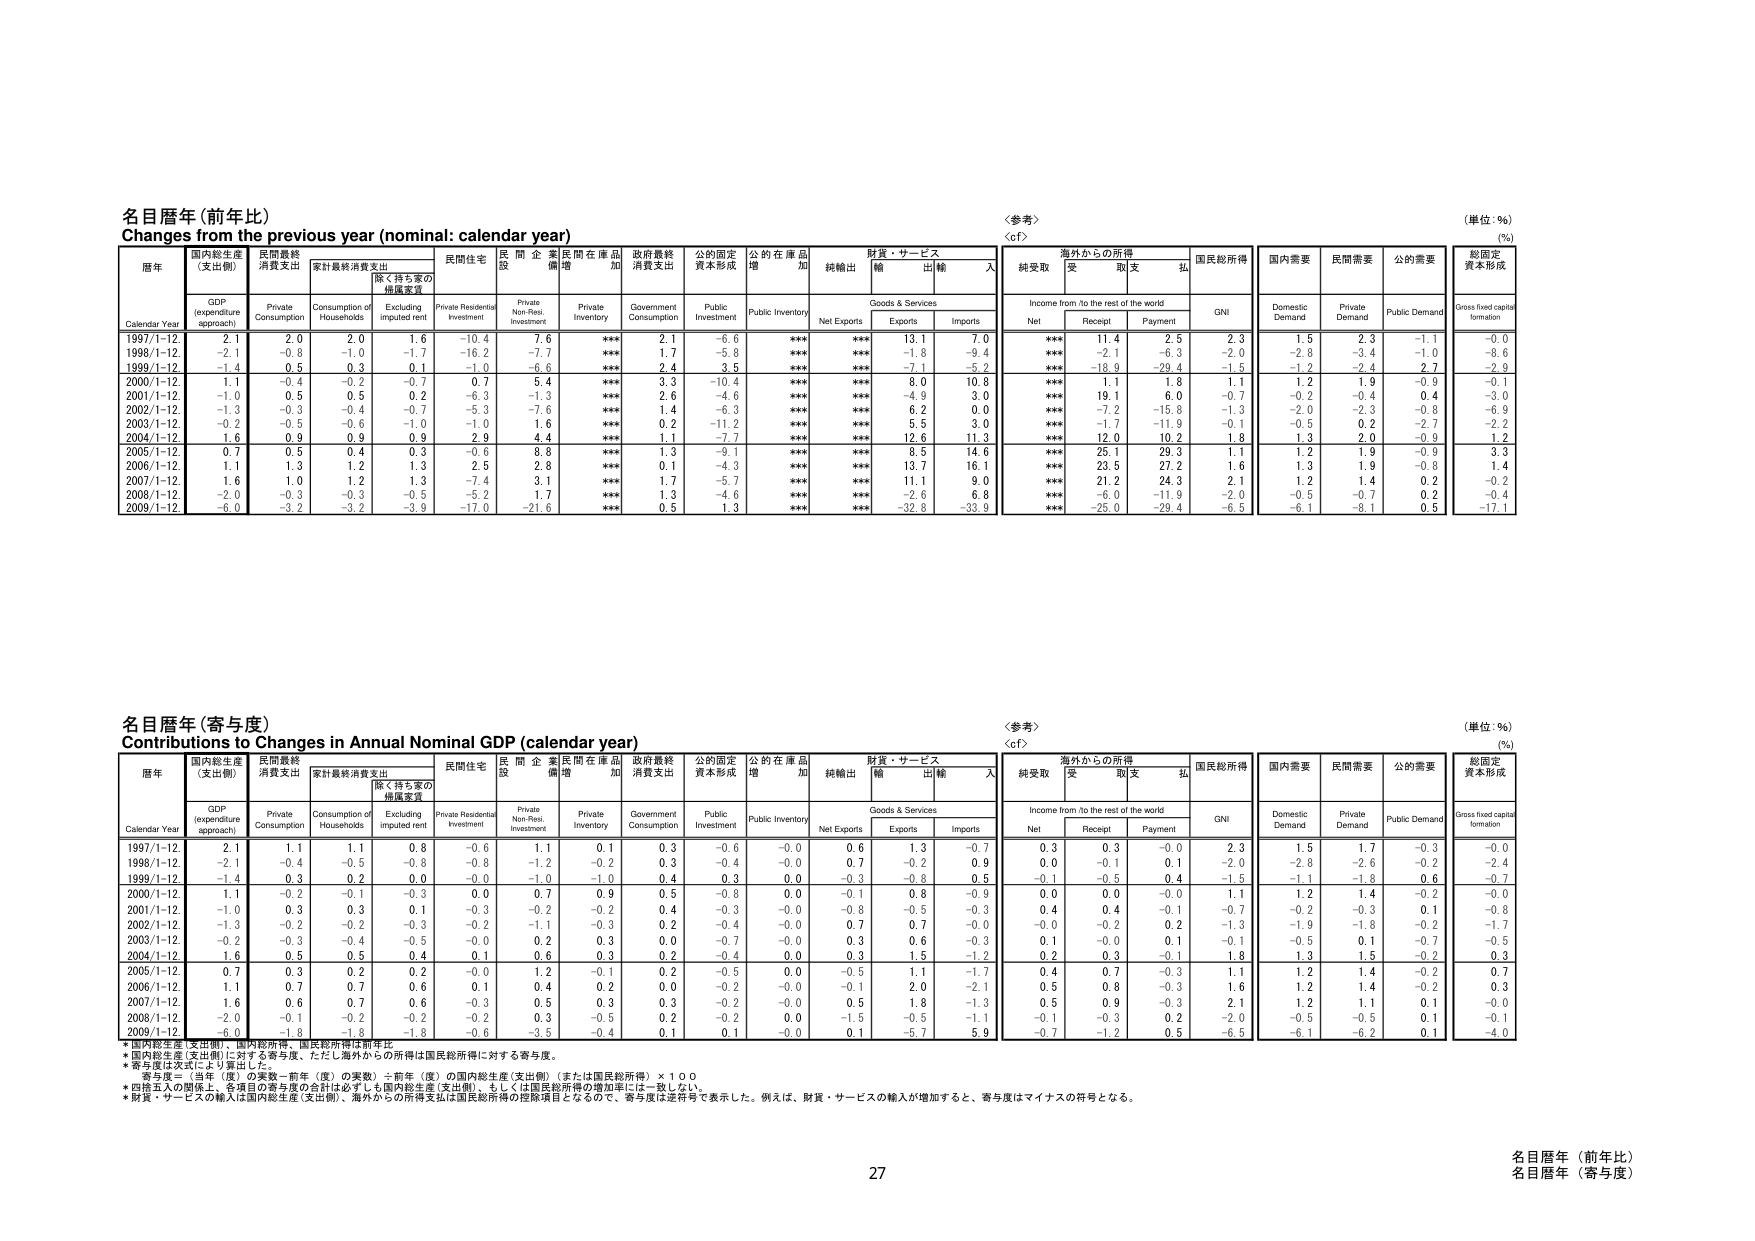
名目暦年 (前年比)
Changes from the previous year (nominal: calendar year)
〈参考〉
〈cf〉
(単位：%)
(%)

暦年
国内総生産 (支出側)
民間最終消費支出
家計最終消費支出
民間住宅
民間企業
民間在庫品増加
政府最終消費支出
公的固定資本形成
公的在庫品増加
純輸出
財貨・サービス
海外からの所得
国民総所得
国内需要
民間需要
公的需要
総固定資本形成

Calendar Year
GDP (expenditure approach)
Private Consumption
Consumption of Households
Excluding imputed rent
Private Residential Investment
Private Non-Res. Investment
Private Inventory
Government Consumption
Public Investment
Public Inventory
Net Exports
Goods & Services
Income from /to the rest of the world
GNI
Domestic Demand
Private Demand
Public Demand
Gross fixed capital formation

Exports
Imports
Net
Receipt
Payment

1997/1-12
2.1
2.0
2.0
1.6
-10.4
7.6
***
2.1
-6.6
***
***
13.1
7.0
***
11.4
2.5
2.3
1.5
2.3
-1.1
-0.0

1998/1-12
-2.1
-0.8
-1.0
-1.7
-16.2
-7.7
***
1.7
-5.8
***
***
-1.8
-9.4
***
-2.1
-6.3
-2.0
-2.8
-3.4
-1.0
-8.6

1999/1-12
-1.4
0.5
0.3
0.1
-1.0
-6.6
***
2.4
3.5
***
***
-7.1
-5.2
***
-18.9
-29.4
-1.5
-1.2
-2.4
2.7
2.9

2000/1-12
1.1
-0.4
-0.2
-0.7
0.7
5.4
***
3.3
-10.4
***
***
8.0
10.8
***
1.1
1.8
1.1
1.2
1.9
-0.9
-0.1

2001/1-12
-1.0
0.5
0.5
0.2
-6.3
-1.3
***
2.6
-4.6
***
***
-4.9
3.0
***
19.1
6.0
-0.7
-0.2
-0.4
0.4
-3.0

2002/1-12
-1.3
-0.3
-0.4
-0.7
-5.3
-7.6
***
1.4
-6.3
***
***
6.2
0.0
***
-7.2
-15.8
-1.3
-2.0
-2.3
-0.8
-6.9

2003/1-12
-0.2
-0.5
-0.6
-1.0
-1.0
1.6
***
0.2
-11.2
***
***
5.5
3.0
***
-1.7
-11.9
-0.1
-0.5
0.2
-2.7
-2.2

2004/1-12
1.6
0.9
0.9
0.9
2.9
4.4
***
1.1
-7.7
***
***
12.6
11.3
***
12.0
10.2
1.8
1.3
2.0
-0.9
1.2

2005/1-12
0.7
0.5
0.4
0.3
-0.6
8.8
***
1.3
-9.1
***
***
8.5
14.6
***
25.1
29.3
1.1
1.2
1.9
-0.9
3.3

2006/1-12
1.1
1.3
1.2
1.3
2.5
2.8
***
0.1
-4.3
***
***
13.7
16.1
***
23.5
27.2
1.6
1.3
1.9
-0.8
1.4

2007/1-12
1.6
1.0
1.2
1.3
-7.4
3.1
***
1.7
-5.7
***
***
11.1
9.0
***
21.2
24.3
2.1
1.2
1.4
0.2
-0.2

2008/1-12
-2.0
-0.3
-0.3
-0.5
-5.2
1.7
***
1.3
-4.6
***
***
-2.6
6.8
***
-6.0
-11.9
-2.0
-0.5
-0.7
0.2
-0.4

2009/1-12
-6.0
-3.2
-3.2
-3.9
-17.0
-21.6
***
0.5
1.3
***
***
-32.8
-33.9
***
-25.0
-29.4
-6.5
-6.1
-8.1
0.5
-17.1

名目暦年 (寄与度)
Contributions to Changes in Annual Nominal GDP (calendar year)
〈参考〉
〈cf〉
(単位：%)
(%)

暦年
国内総生産 (支出側)
民間最終消費支出
家計最終消費支出
民間住宅
民間企業
民間在庫品増加
政府最終消費支出
公的固定資本形成
公的在庫品増加
純輸出
財貨・サービス
海外からの所得
国民総所得
国内需要
民間需要
公的需要
総固定資本形成

Calendar Year
GDP (expenditure approach)
Private Consumption
Consumption of Households
Excluding imputed rent
Private Residential Investment
Private Non-Res. Investment
Private Inventory
Government Consumption
Public Investment
Public Inventory
Net Exports
Goods & Services
Income from /to the rest of the world
GNI
Domestic Demand
Private Demand
Public Demand
Gross fixed capital formation

Exports
Imports
Net
Receipt
Payment

1997/1-12
2.1
1.1
1.1
0.8
-0.6
1.1
0.1
0.3
-0.6
-0.0
0.6
1.3
-0.7
0.3
0.3
-0.0
2.3
1.5
1.7
-0.3
-0.0

1998/1-12
-2.1
-0.4
-0.5
-0.8
-0.8
-1.2
-0.2
0.3
-0.4
-0.0
0.7
-0.2
0.9
0.0
-0.1
0.1
-2.0
-2.8
-2.6
-0.2
-2.4

1999/1-12
-1.4
0.3
0.2
0.0
-0.0
-1.0
-1.0
0.4
0.3
0.0
-0.3
-0.8
0.5
-0.1
-0.5
0.4
-1.5
-1.1
-1.8
0.6
-0.7

2000/1-12
1.1
-0.2
-0.1
-0.3
0.0
0.7
0.9
0.5
-0.8
0.0
-0.1
0.8
-0.9
0.0
0.0
-0.0
1.1
1.2
1.4
-0.2
-0.0

2001/1-12
-1.0
0.3
0.3
0.1
-0.3
-0.2
-0.2
0.4
-0.3
-0.0
-0.8
-0.5
-0.3
0.4
0.4
-0.1
-0.7
-0.2
-0.3
0.1
-0.8

2002/1-12
-1.3
-0.2
-0.2
-0.3
-0.2
-1.1
-0.3
0.2
-0.4
-0.0
0.7
0.7
-0.0
-0.0
-0.2
0.2
-1.3
-1.9
-1.6
-0.2
-1.7

2003/1-12
-0.2
-0.3
-0.4
-0.5
-0.0
0.2
0.3
0.0
-0.7
-0.0
0.3
0.6
-0.3
0.1
-0.0
0.1
-0.1
-0.5
0.1
-0.7
-0.5

2004/1-12
1.6
0.5
0.5
0.4
0.1
0.6
0.3
0.2
-0.4
0.0
0.3
1.5
-1.2
0.2
0.3
-0.1
1.8
1.3
1.5
-0.2
0.3

2005/1-12
0.7
0.3
0.2
0.2
-0.0
1.2
-0.1
0.2
-0.5
0.0
-0.5
1.1
-1.7
0.4
0.7
-0.3
1.1
1.2
1.4
-0.2
0.7

2006/1-12
1.1
0.7
0.7
0.6
0.1
0.4
0.2
0.0
-0.2
-0.0
-0.1
2.0
-2.1
0.5
0.8
-0.3
1.6
1.2
1.4
-0.2
0.3

2007/1-12
1.6
0.6
0.7
0.6
-0.3
0.5
0.3
0.3
-0.2
-0.0
0.5
1.8
-1.3
0.5
0.9
-0.3
2.1
1.2
1.1
0.1
-0.0

2008/1-12
-2.0
-0.1
-0.2
-0.2
-0.2
0.3
-0.5
0.2
-0.2
0.0
-1.5
-0.5
-1.1
-0.1
-0.3
0.2
-2.0
-0.5
-0.5
0.1
-0.1

2009/1-12
-6.0
-1.8
-1.8
-1.8
-0.6
-3.5
-0.4
0.1
0.1
-0.0
0.1
-5.7
5.9
-0.7
-1.2
0.5
-6.5
-6.1
-6.2
0.1
-4.0

* 国内総生産 (支出側)、国内総所得、国民総所得は前年比
* 国内総生産 (支出側) に対する寄与度、ただし海外からの所得は国民総所得に対する寄与度。
* 寄与度は次式により算出した。
　寄与度 = （当年（度）の実数－前年（度）の実数）÷前年（度）の国内総生産 (支出側) （または国民総所得）×１００
* 四捨五入の関係上、各項目の寄与度の合計は必ずしも国内総生産 (支出側)、もしくは国民総所得の増加率には一致しない。
* 財貨・サービスの輸入は国内総生産 (支出側)、海外からの所得支払は国民総所得の控除項目となるので、寄与度は逆符号で表示した。例えば、財貨・サービスの輸入が増加すると、寄与度はマイナスの符号となる。

27
名目暦年（前年比）
名目暦年（寄与度）